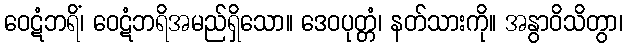
ဝေဋံဘရိံ၊ ဝေဋံဘရိအမည်ရှိသော။ ဒေဝပုတ္တံ၊ နတ်သားကို။ အနွာဝိသိတွာ၊